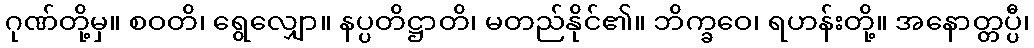
ဂုဏ်တို့မှ။ စဝတိ၊ ရွေလျှော။ နပ္ပတိဋ္ဌာတိ၊ မတည်နိုင်၏။ ဘိက္ခဝေ၊ ရဟန်းတို့။ အနောတ္တပ္ပီ၊